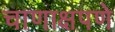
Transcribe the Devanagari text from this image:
चाणाक्षपणे